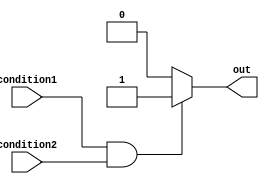
module if_else_example (
    input wire condition1,
    input wire condition2,
    output reg out
);

always @(*)
begin
    if (condition1 && condition2) begin
        out = 1'b1;
    end
    else begin
        out = 1'b0;
    end
end

endmodule